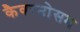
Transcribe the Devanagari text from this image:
कैवरनोसम